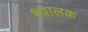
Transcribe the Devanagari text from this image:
श्यालक